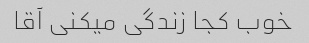
خوب کجا زندگی میکنی آقا